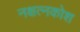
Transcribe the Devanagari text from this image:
नक्षत्नकोश